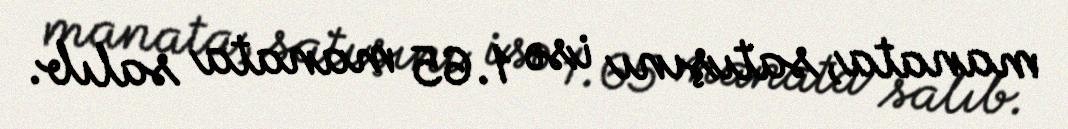
manata, satışını isə 1.65 manata salıb.